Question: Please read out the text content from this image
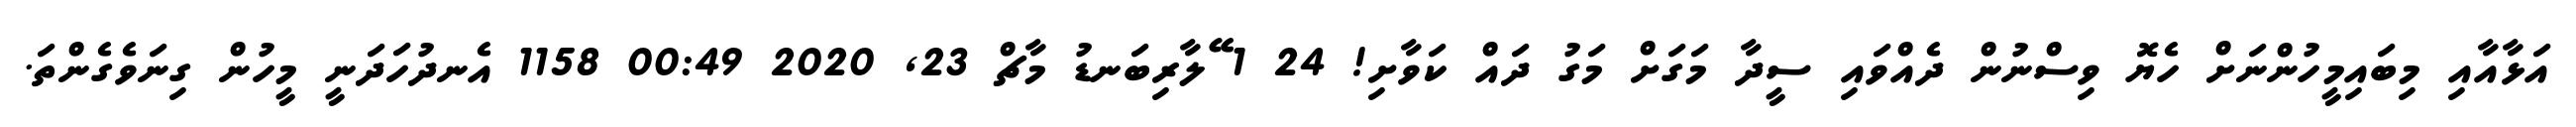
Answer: އަޅާއާއި މިބައިމީހުންނަށް ހެޔޮ ވިސްނުން ދެއްވައި ސީދާ މަގަށް މަގު ދައް ކަވާށި! 24 1 ޭލާރިބަނޑު މާޗް 23, 2020 00:49 1158 އެނދުހަދަނީ މީހުން ގިނަވެގެންތަ.